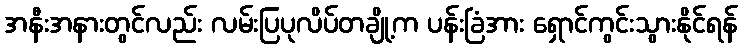
အနီးအနားတွင်လည်း လမ်းပြပုလိပ်တချို့က ပန်းခြံအား ရှောင်ကွင်းသွားနိုင်ရန်